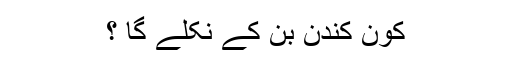
کون کُندن بن کے نکلے گا ؟